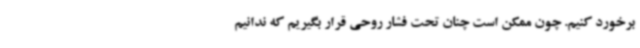
برخورد کنیم. چون ممکن است چنان تحت فشار روحی قرار بگیریم که ندانیم